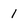
Character: 1